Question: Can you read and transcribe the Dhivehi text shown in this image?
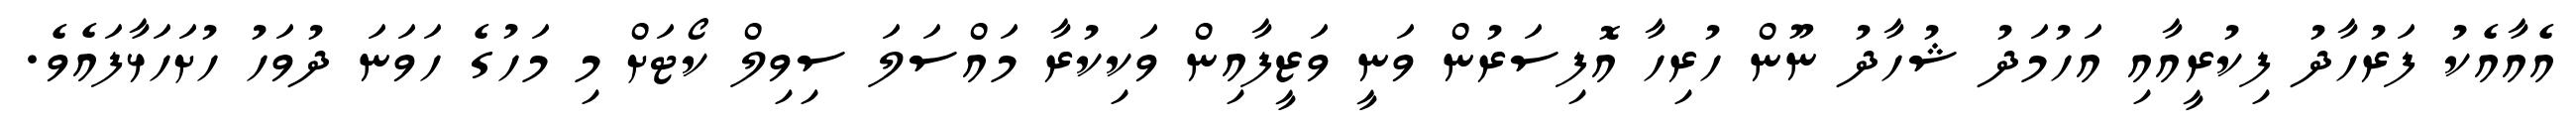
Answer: އެއާއެކު ފަރުހާދު ފިކުރީއާއި އަހުމަދު ޝުހާދު ނޫން ހުރިހާ އޮފިސަރުން ވަނީ ވަޒީފާއިން ވަކިކުރާ މައްސަލަ ސިވިލް ކޯޓަށް މި މަހުގެ ހަވަނަ ދުވަހު ހުށަހަޅާފައެވެ.